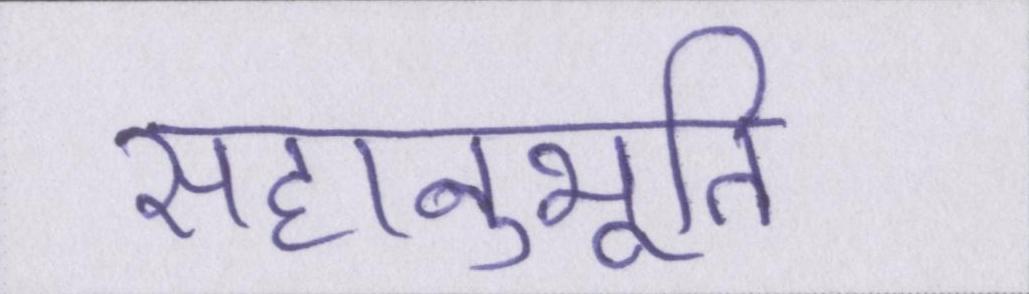
सहानुभूति